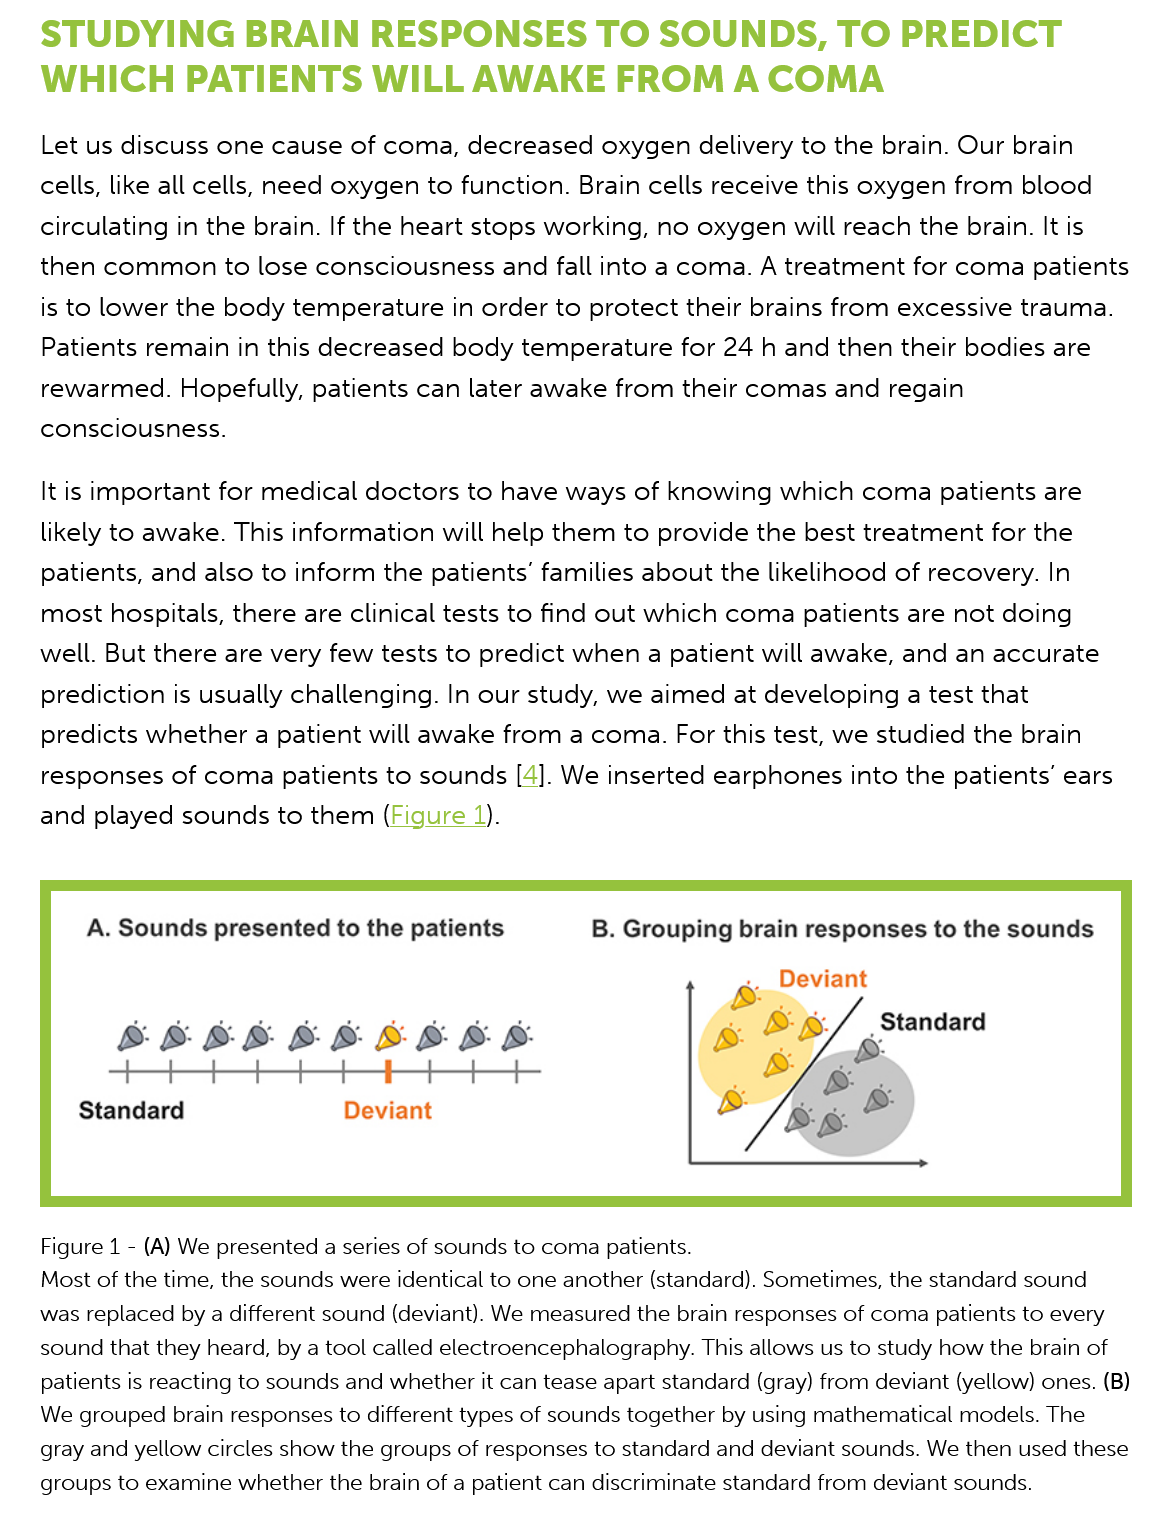
STUDYING    BRAIN    RESPONSES    TO   SOUNDS,    TO    PREDICT
    WHICH    PATIENTS    WILL    AWAKE    FROM    A  COMA
    Let us discuss one  cause of coma,  decreased  oxygen   delivery to the brain. Our brain
    cells, like all cells, need oxygen to function. Brain cells receive this oxygen from blood
    circulating in the brain. If the heart stops working, no oxygen will reach the brain. It is
    then common   to  lose consciousness   and fall into a coma. A treatment  for coma  patients
    is to lower the body temperature   in order to protect their brains from excessive trauma.
    Patients remain  in this decreased body  temperature  for 24 h and then  their bodies are
    rewarmed.   Hopefully, patients can later awake  from their comas  and  regain
    consciousness.
    It is important for medical doctors to have ways  of knowing   which  coma  patients are
    likely to awake. This information will help them to provide  the best treatment for the
    patients, and also to inform the patients’ families about the likelihood of recovery. In
    most  hospitals, there are clinical tests to find out which coma patients are not doing
    well. But there are very few tests to predict when a patient will awake, and an  accurate
    prediction is usually challenging. In our study, we aimed  at developing a test that
    predicts whether a  patient will awake from  a coma. For this test, we studied the brain
    responses  of coma   patients to sounds [4]. We inserted earphones into  the patients’ ears
    and  played sounds to  them  (Figure 1).
     A. Sounds presented to  the patients    B. Grouping brain responses to the sounds
     Deviant

     SSBB    BB    BB    BB    Standard +"
     |"-_—-"-++-
     Standard    Deviant
    Figure 1
     -
     (A) We presented a series of sounds to coma patients.
    Most of the time, the sounds were identical to one another (standard). Sometimes, the standard sound
    was replaced by a different sound (deviant). We measured the brain responses of coma patients to every
    sound that they heard, by a tool called electroencephalography. This allows us to study how the brain of
    patients is reacting to sounds and whether it can tease apart standard (gray) from deviant (yellow) ones. (B)
    We grouped brain responses to different types of sounds together by using mathematical models. The
    gray and yellow circles show the groups of responses to standard and deviant sounds. We then used these
    groups to examine whether the brain of a patient can discriminate standard from deviant sounds.